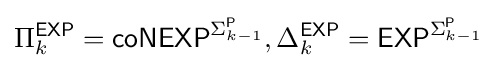
\Pi _{k}^{\mathsf {EXP}}={\mathsf {coNEXP}}^{\Sigma _{k-1}^{\mathsf {P}}},\Delta _{k}^{\mathsf {EXP}}={\mathsf {EXP}}^{\Sigma _{k-1}^{\mathsf {P}}}